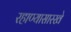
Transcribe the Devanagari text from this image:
रहाण्यासारखे